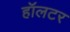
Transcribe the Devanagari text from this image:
हॉलटर